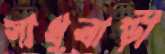
সাধুবাড়ী